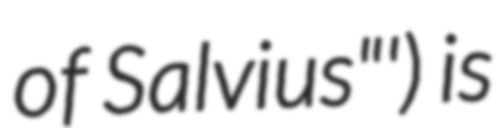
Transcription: of Salvius"') is